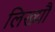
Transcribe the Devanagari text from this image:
लिख्यौ